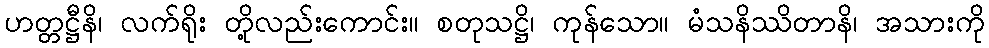
ဟတ္တဋ္ဌီနိ၊ လက်ရိုး တို့လည်းကောင်း။ စတုသဋ္ဌိ၊ ကုန်သော။ မံသနိဿိတာနိ၊ အသားကို